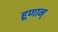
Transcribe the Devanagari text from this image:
हूणान्‌